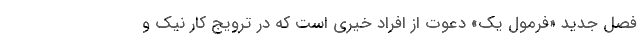
فصل جدید «فرمول یک» دعوت از افراد خیری است که در ترویج کار نیک و